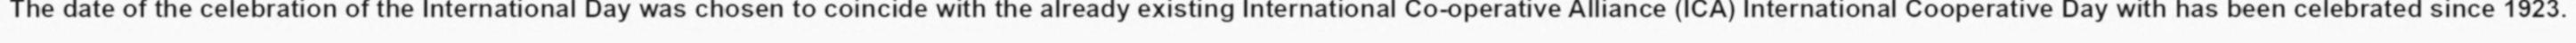
The date of the celebration of the International Day was chosen to coincide with the already existing International Co-operative Alliance (ICA) International Cooperative Day with has been celebrated since 1923.